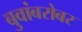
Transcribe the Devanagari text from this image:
बुवांबरोबर